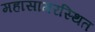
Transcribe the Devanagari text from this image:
महासागरस्थित